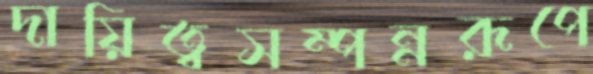
দায়িত্বসম্পন্নরূপে